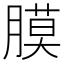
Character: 膜